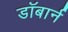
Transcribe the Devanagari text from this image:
डॉबार्न